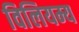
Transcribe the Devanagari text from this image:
विलियम्य